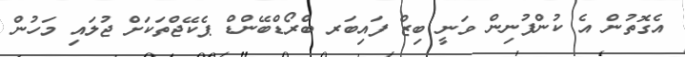
އެގޮތުން އެ ކުންފުނިން ވަނީ ބިޒް ފައިބަރ ބްރޯޑްބޭންޑް ޕެކޭޖްތަކަށް ޖުލައި މަހުން